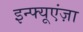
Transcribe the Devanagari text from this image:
इन्फ्यूएंज़ा